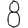
Digit: 8